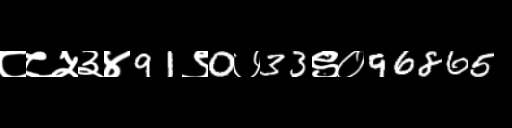
Text: ८८५३४91९0७33९०96865